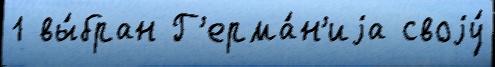
1 вы́бран Г'ерма́н'иjа своjу́